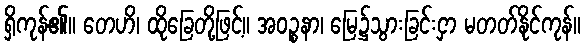
ရှိကုန်၏။ တေဟိ၊ ထိုခြေတို့ဖြင့်။ အဝဉ္စနာ၊ မြေ၌သွားခြင်းငှာ မတတ်နိုင်ကုန်။